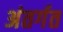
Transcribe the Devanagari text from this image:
अंतर्गत